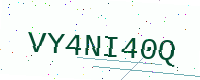
Text: VY4NI40Q